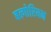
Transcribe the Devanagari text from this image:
बल्गोरियन